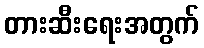
တားဆီးရေးအတွက်